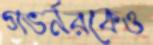
গভর্নরকেও